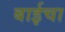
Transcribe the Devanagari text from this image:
बाईचा